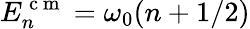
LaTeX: E_{n}^{\mathrm{~c~m~}}=\omega_{0}(n+1/2)